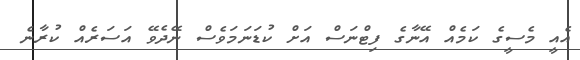
އެއީ މެސީގެ ކަމެއް އޭނާގެ ފިޓްނަސް އަށް ކުޑަނަމަވެސް ނޭދެވޭ އަސަރެއް ކުރާނެ